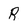
Character: R